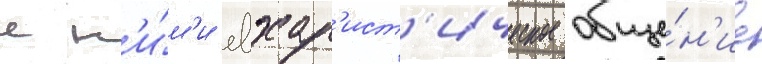
с н'и́м'и евхар'ист'ическое обще́н'ие